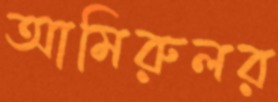
আমিরুলর